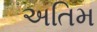
અતિમ